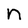
Character: n